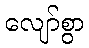
လျော်စွာ